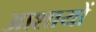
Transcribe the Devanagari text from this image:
आशायों